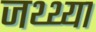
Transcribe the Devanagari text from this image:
जथ्थ्या